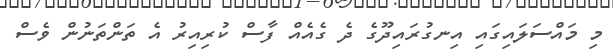
މި މައްސަލައިގައި އިނގުރައިދޫގެ ދެ ގެއެއް ފާސް ކުރިއިރު އެ ތަންތަނުން ވެސް